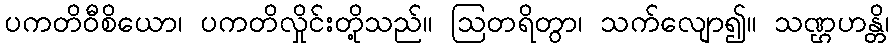
ပကတိဝီစိယော၊ ပကတိလှိုင်းတို့သည်။ ဩတရိတွာ၊ သက်လျော၍။ သဏ္ဌဟန္တိ၊